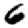
Digit: 6